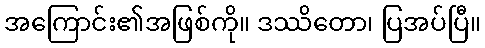
အကြောင်း၏အဖြစ်ကို။ ဒဿိတော၊ ပြအပ်ပြီ။